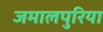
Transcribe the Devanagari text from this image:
जमालपुरिया